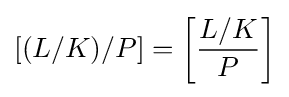
[(L/K)/P]=\left[{\frac {L/K}{P}}\right]